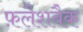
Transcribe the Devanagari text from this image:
फ़लैशबैक